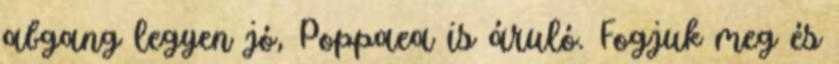
abgang legyen jó, Poppaea is áruló. Fogjuk meg és